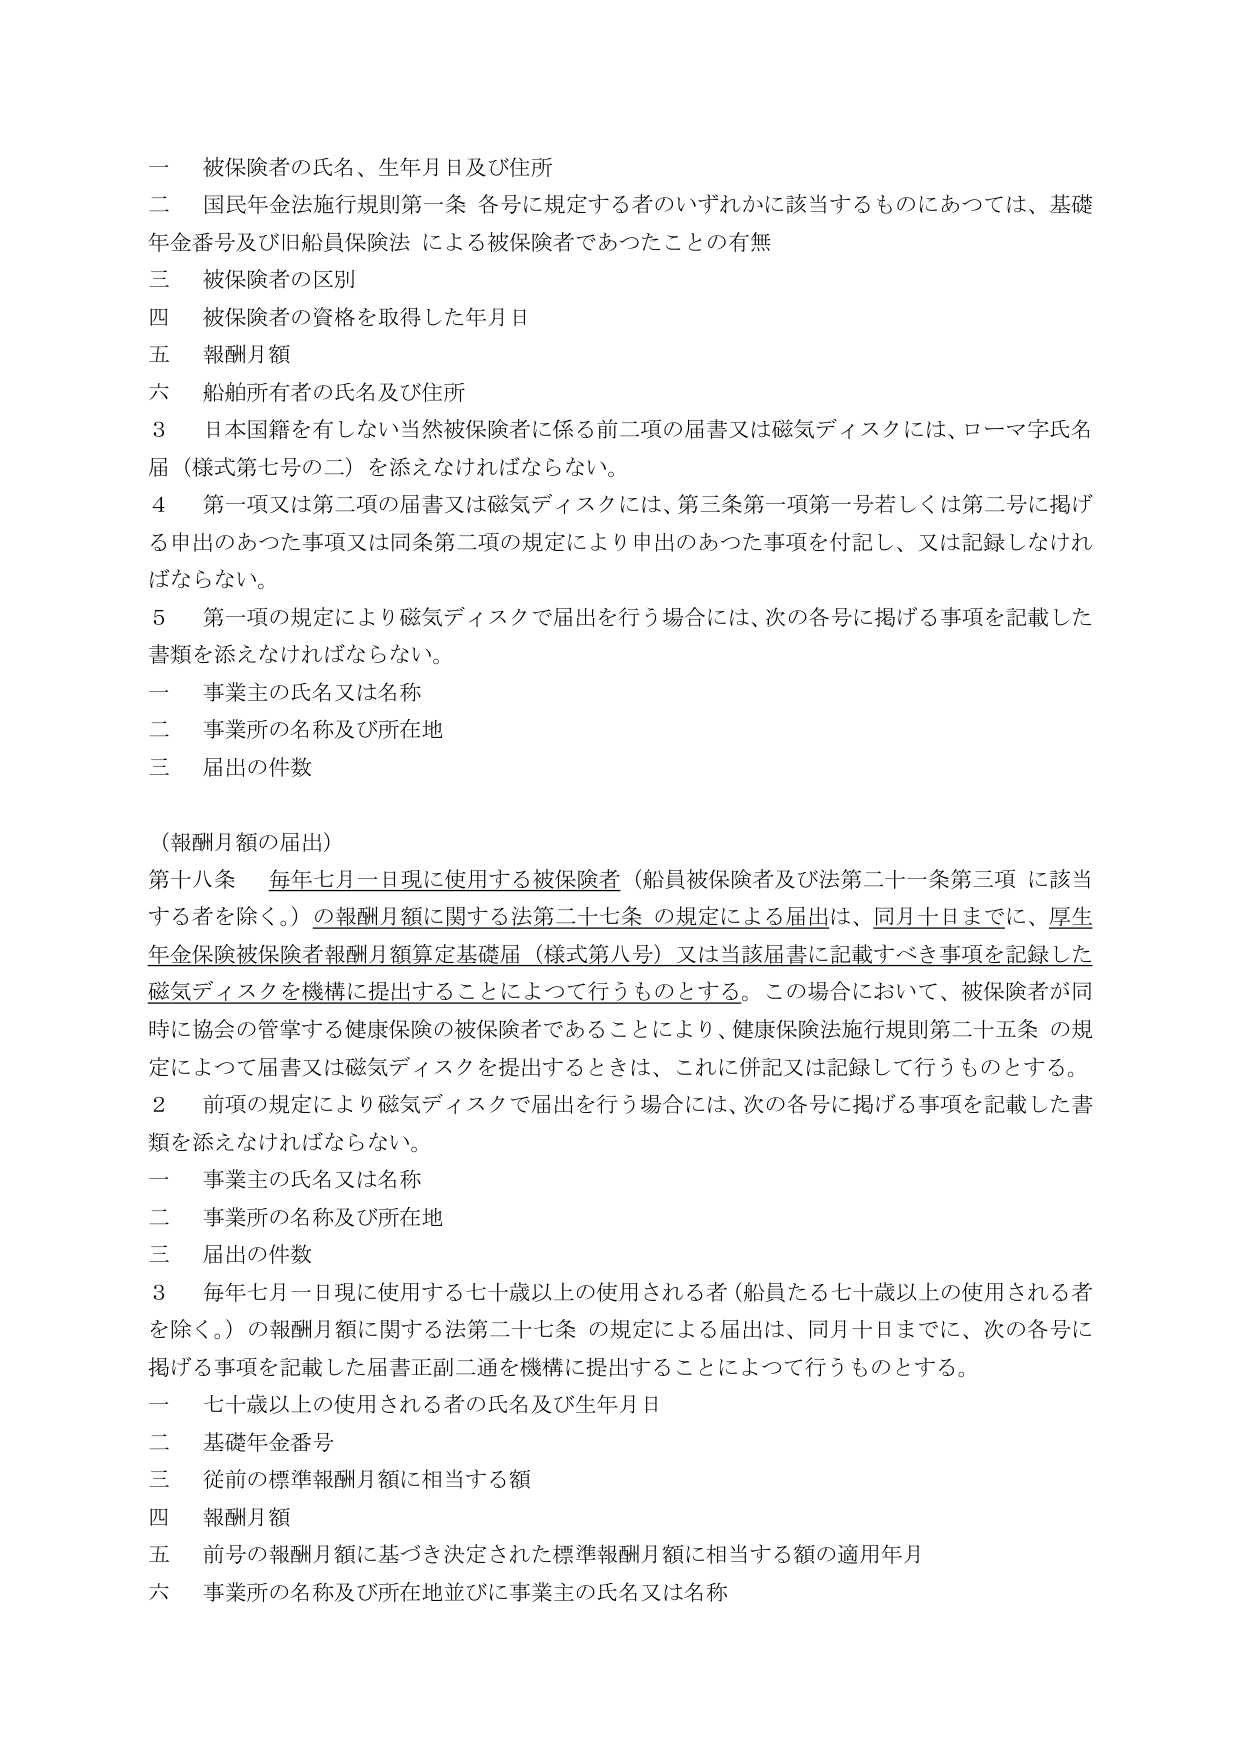
一 被保険者の氏名、生年月日及び住所
二 国民年金法施行規則第一条 各号に規定する者のいずれかに該当するものにあっては、基礎年金番号及び旧船員保険法による被保険者であったことの有無
三 被保険者の区別
四 被保険者の資格を取得した年月日
五 報酬月額
六 船舶所有者の氏名及び住所

3 日本国籍を有しない当然被保険者に係る前二項の届書又は磁気ディスクには、ローマ字氏名届（様式第七号の二）を添えなければならない。
4 第一項又は第二項の届書又は磁気ディスクには、第三条第一項第一号若しくは第二号に掲げる申出のあった事項又は同条第二項の規定により申出のあった事項を付記し、又は記録しなければならない。
5 第一項の規定により磁気ディスクで届出を行う場合には、次の各号に掲げる事項を記載した書類を添えなければならない。
一 事業主の氏名又は名称
二 事業所の名称及び所在地
三 届出の件数

（報酬月額の届出）
第十八条 毎年七月一日現に使用する被保険者（船員被保険者及び法第二十一条第三項に該当する者を除く。）の報酬月額に関する法第二十七条の規定による届出は、同月十日までに、厚生年金保険被保険者報酬月額算定基礎届（様式第八号）又は当該届書に記載すべき事項を記録した磁気ディスクを機構に提出することによって行うものとする。この場合において、被保険者が同時に協会の管掌する健康保険の被保険者であることにより、健康保険法施行規則第二十五条の規定によって届書又は磁気ディスクを提出するときは、これに併記又は記録して行うものとする。
2 前項の規定により磁気ディスクで届出を行う場合には、次の各号に掲げる事項を記載した書類を添えなければならない。
一 事業主の氏名又は名称
二 事業所の名称及び所在地
三 届出の件数
3 毎年七月一日現に使用する七十歳以上の使用される者（船員たる七十歳以上の使用される者を除く。）の報酬月額に関する法第二十七条の規定による届出は、同月十日までに、次の各号に掲げる事項を記載した届書正副二通を機構に提出することによって行うものとする。
一 七十歳以上の使用される者の氏名及び生年月日
二 基礎年金番号
三 従前の標準報酬月額に相当する額
四 報酬月額
五 前号の報酬月額に基づき決定された標準報酬月額に相当する額の適用年月
六 事業所の名称及び所在地並びに事業主の氏名又は名称